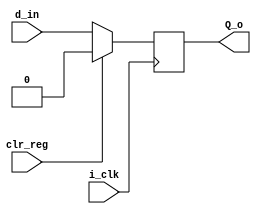
`timescale 1ns / 1ps
//////////////////////////////////////////////////////////////////////////////////
// Company: 
// Engineer: 
// 
// Design Name: 
// Module Name: D_FF
// Project Name: 
// Target Devices: 
// Tool Versions: 
// Description: 
// 
// Dependencies: 
// 
// Revision:
// Revision 0.01 - File Created
// Additional Comments:
// 
//////////////////////////////////////////////////////////////////////////////////

module D_FF(
d_in , i_clk , Q_o , clr_reg
    );
    
 input i_clk ;
 input clr_reg ;
 input  d_in ;
 output reg Q_o;
 
 
 always @(posedge i_clk)
   begin
      if(clr_reg==1'b1)
      Q_o <= 1'b0;
      else
     Q_o <= d_in ;
     end   
endmodule